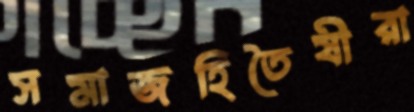
সমাজহিতৈষীরা